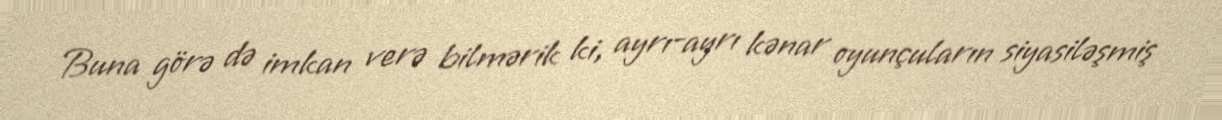
Buna görə də imkan verə bilmərik ki, ayrı-ayrı kənar oyunçuların siyasiləşmiş